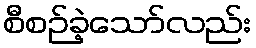
စီစဉ်ခဲ့သော်လည်း